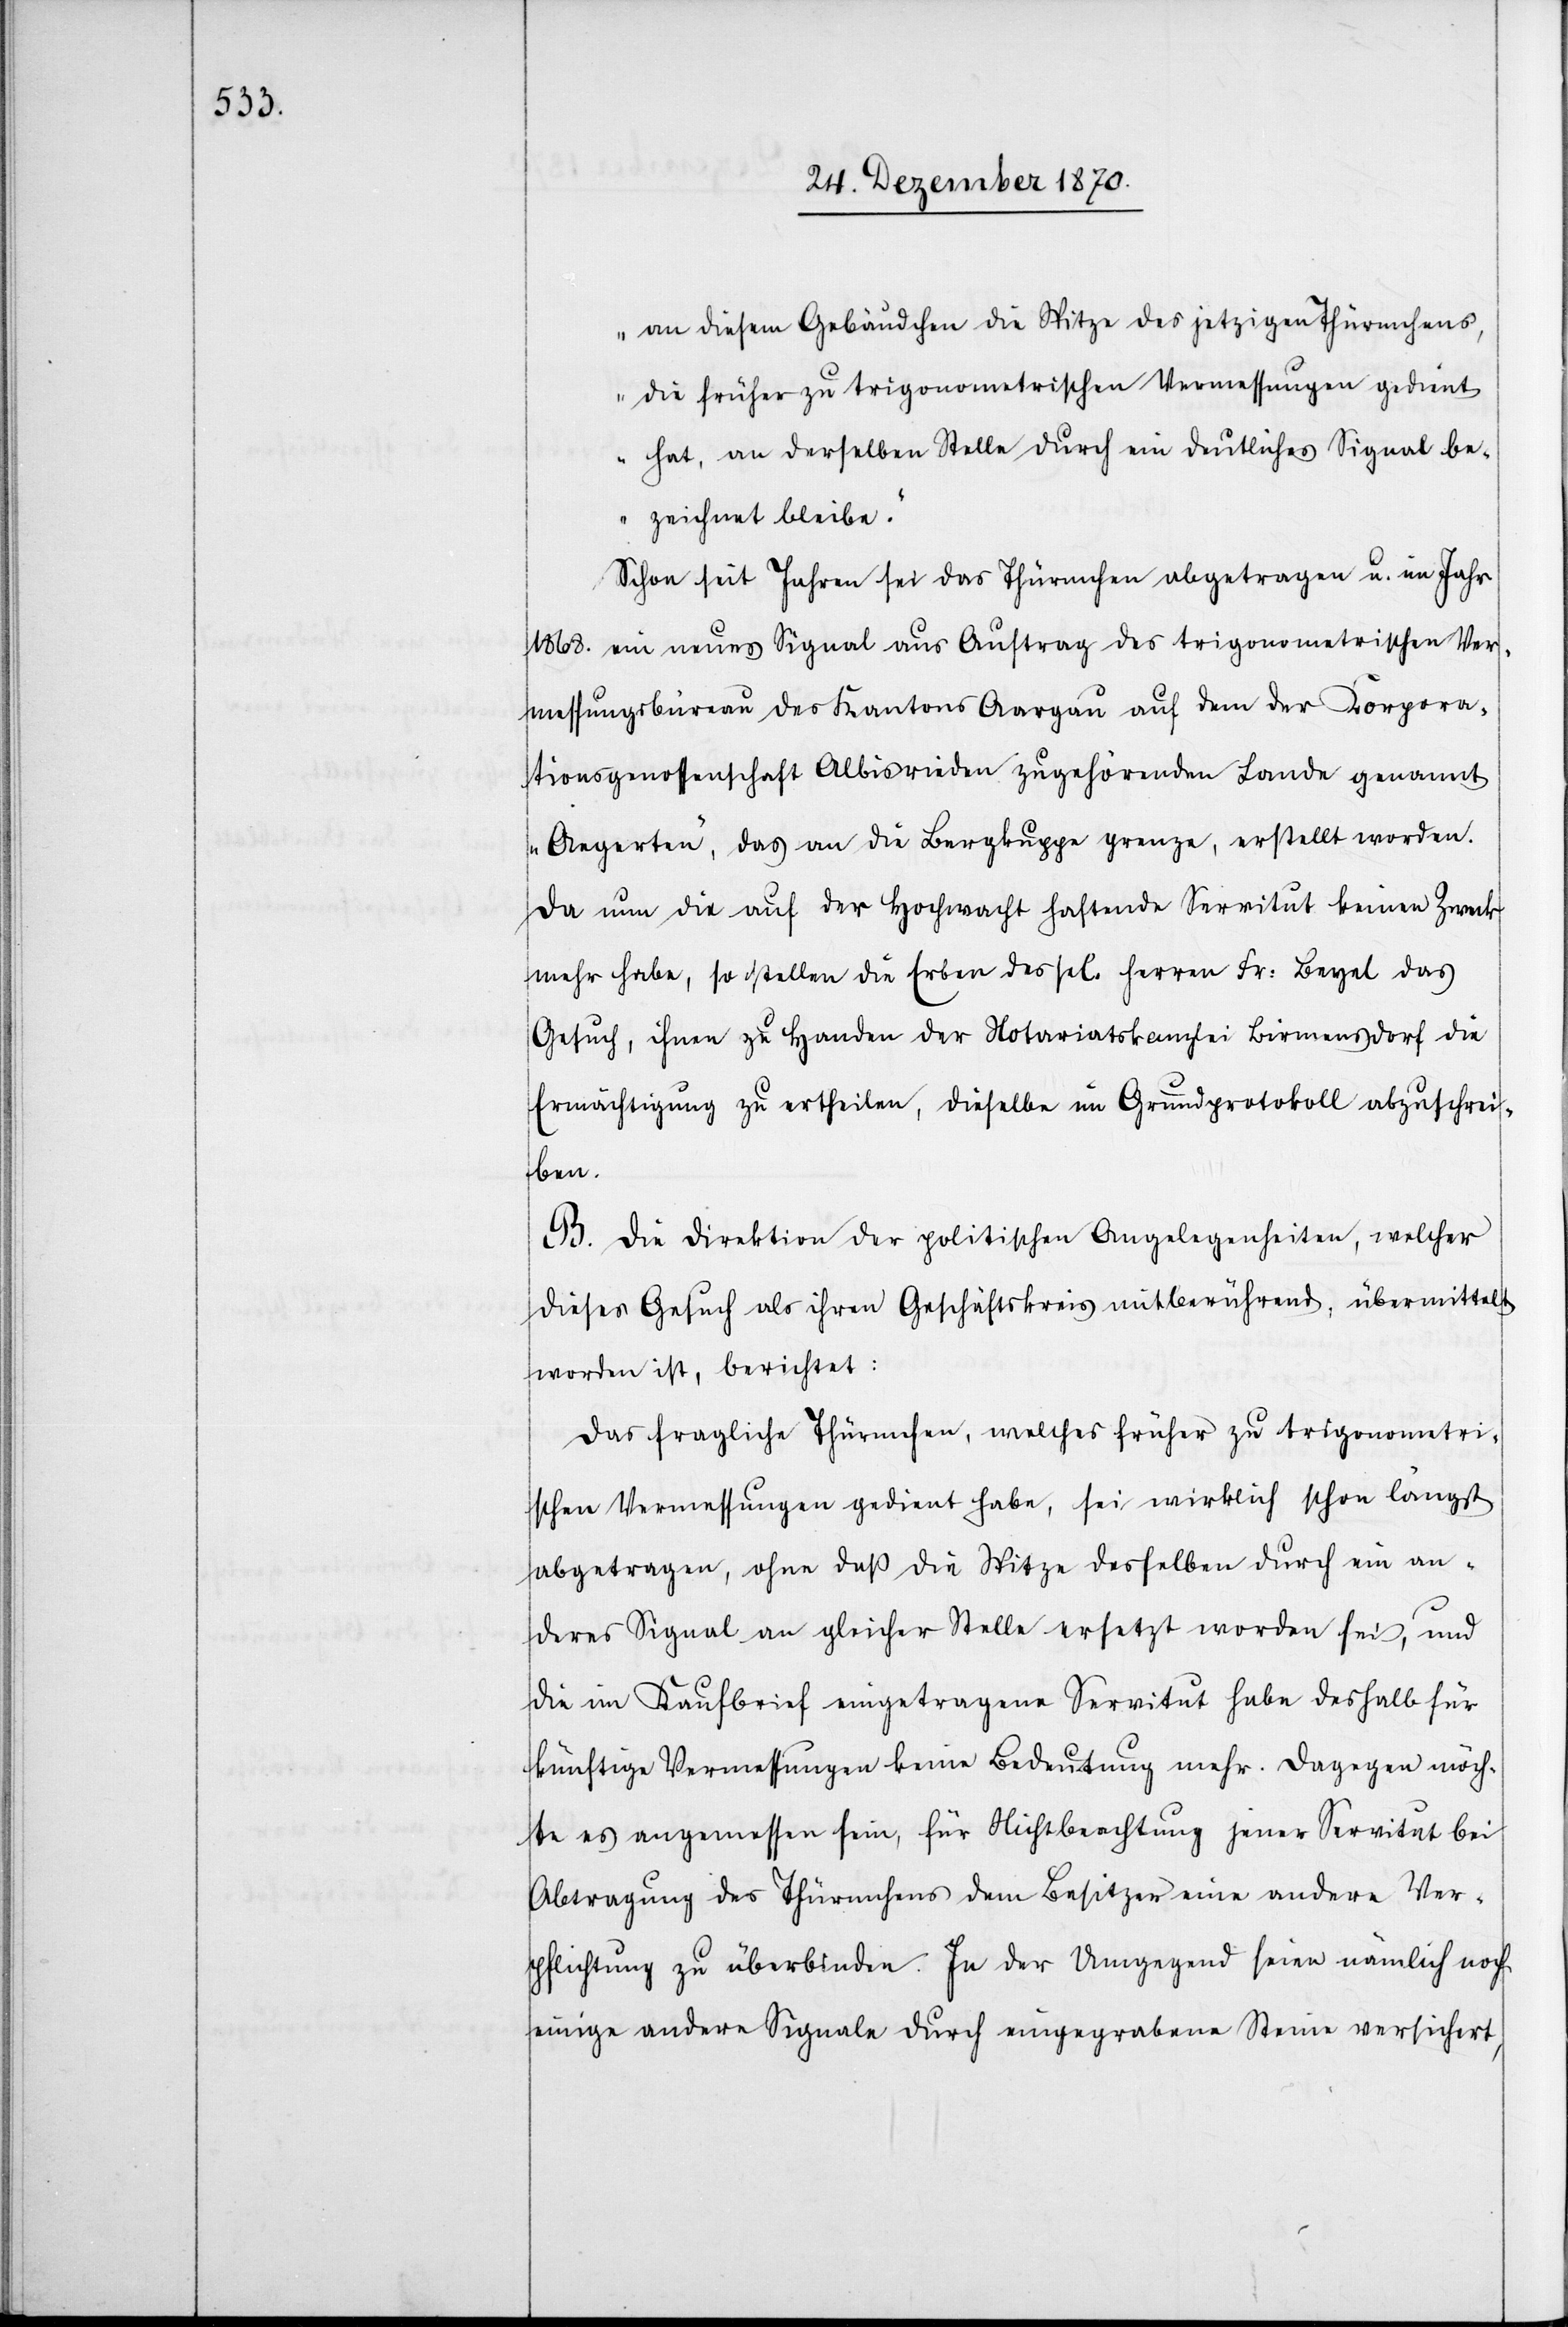
an diesen Gebäudchen die Spitze des jetzigen Thürmchens,
die früher zu trigonometrischen Vermessungen gedient
hat, an derselben Stelle durch ein deutliches Signal be¬
zeichnet bleibe.“
Schon seit Jahren sei das Thürmchen abgetragen u. im Jahr
1868. ein neues Signal aus Auftrag des trigonometrischen Ver¬
messungsbüreau des Kantons Aargau auf dem der Korpora¬
tionsgenossenschaft Albisrieden zugehörenden Lande genannt
„Aegerten“, das an die Bergkuppe grenze, erstellt worden.
Da nun die auf der Hochwacht haftende Servitut keinen Zweck
mehr habe, so stellen die Erben des sel. Herren Fr: Beyel das
Gesuch, ihnen zu Handen der Notariatskanzlei Birmensdorf die
Ermächtigung zu ertheilen, dieselbe im Grundprotokoll abzuschrei¬
ben.
B. Die Direktion der politischen Angelegenheiten, welcher
dieses Gesuch als ihren Geschäftskreis mitberührend, übermittelt
worden ist, berichtet:
Das fragliche Thürmchen, welches früher zu trigonometri¬
schen Vermessungen gedient habe, sei wirklich schon längst
abgetragen, ohne daß die Spitze desselben durch ein an¬
deres Signal an gleicher Stelle ersetzt worden sei, und
die im Kaufbrief eingetragene Servitut habe deshalb für
künftige Vermessungen keine Bedeutung mehr. Dagegen möch¬
te es angemessen sein, für Nichtbeachtung jener Servitut bei
Abtragung des Thürmchens dem Besitzer eine andere Ver¬
pflichtung zu überbinden. In der Umgegend seien nämlich noch
einige andere Signale durch eingegrabene Steine versichert,